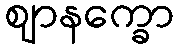
ဈာနက္ခော